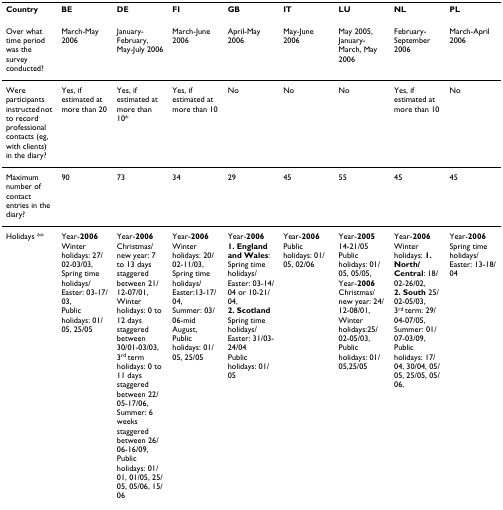
| Country | BE | DE | FI | GB | IT | LU | NL | PL |
 | --- | --- | --- | --- | --- | --- | --- | --- | --- |
 | Over what time period was the survey conducted? | March-May 2006 | January-February, May-July 2006 | March-June 2006 | April-May 2006 | May-June 2006 | May 2005, January-March, May 2006 | February-September 2006 | March-April 2006 |
 | Were participants instructed not to record professional contacts (eg, with clients) in the diary? | Yes, if estimated at more than 20 | Yes, if estimated at more than 10* | Yes, if estimated at more than 10 | No | No | No | Yes, if estimated at more than 10 | No |
 | Maximum number of contact entries in the diary? | 90 | 73 | 34 | 29 | 45 | 55 | 45 | 45 |
 | Holidays ** | Year-2006Winter holidays: 27/02-03/03,Spring time holidays/Easter: 03-17/03,Public holidays: 01/05, 25/05 | Year-2006Christmas/new year: 7 to 13 days staggered between 21/12-07/01,Winter holidays: 0 to 12 days staggered between30/01-03/03, 3rd term holidays: 0 to 11 days staggered between 22/05-17/06,Summer: 6 weeks staggered between 26/06-16/09,Public holidays: 01/01, 01/05, 25/05, 05/06, 15/06 | Year-2006Winter holidays: 20/02-11/03,Spring time holidays/Easter:13-17/04,Summer: 03/06-mid August,Public holidays: 01/05, 25/05 | Year-20061. England and Wales: Spring time holidays/Easter: 03-14/04 or 10-21/04,2. Scotland Spring time holidays/Easter: 31/03-24/04Public holidays: 01/05 | Year-2006Public holidays: 01/05, 02/06 | Year-200514-21/05 Public holidays: 01/05, 05/05,Year-2006 Christmas/new year: 24/12-08/01,Winter holidays:25/02-05/03,Public holidays: 01/05,25/05 | Year-2006Winter holidays: 1. North/Central: 18/02-26/02,2. South 25/02-05/03,3rd term: 29/04-07/05,Summer: 01/07-03/09,Public holidays: 17/04, 30/04, 05/05, 25/05, 05/06, | Year-2006Spring time holidays/Easter: 13-18/04 |